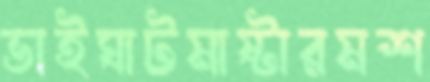
ভাইঘাটমাষ্টারমশ